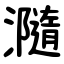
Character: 瀡